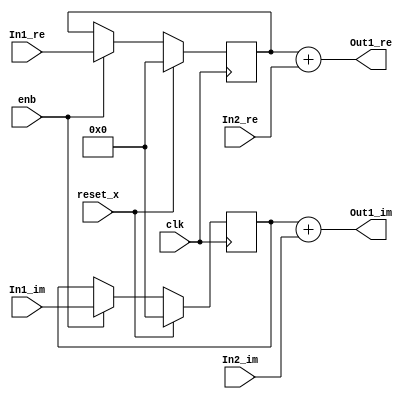
// -------------------------------------------------------------
// 
// 
// Generated by MATLAB 9.8 and HDL Coder 3.16
// 
// -------------------------------------------------------------


// -------------------------------------------------------------
// 
// Module: Complex_Sum2_block21
// Source Path: newhope_cambios/FDHT/DFT_2/DFT10 - block_2/DFT5-row 2/DFT5-3/Complex-Sum2
// Hierarchy Level: 5
// 
// -------------------------------------------------------------

`timescale 1 ns / 1 ns

module Complex_Sum2_block21
          (clk,
           reset_x,
           enb,
           In1_re,
           In1_im,
           In2_re,
           In2_im,
           Out1_re,
           Out1_im);


  input   clk;
  input   reset_x;
  input   enb;
  input   signed [36:0] In1_re;  // sfix37_En22
  input   signed [36:0] In1_im;  // sfix37_En22
  input   signed [36:0] In2_re;  // sfix37_En22
  input   signed [36:0] In2_im;  // sfix37_En22
  output  signed [36:0] Out1_re;  // sfix37_En22
  output  signed [36:0] Out1_im;  // sfix37_En22


  reg signed [36:0] Complex_to_Real_Imag1_out1;  // sfix37_En22
  wire signed [36:0] Sum_out1;  // sfix37_En22
  reg signed [36:0] Complex_to_Real_Imag1_out2;  // sfix37_En22
  wire signed [36:0] Sum1_out1;  // sfix37_En22


  always @(posedge clk)
    begin : delayMatch_process
      if (reset_x == 1'b1) begin
        Complex_to_Real_Imag1_out1 <= 37'sh0000000000;
      end
      else begin
        if (enb) begin
          Complex_to_Real_Imag1_out1 <= In1_re;
        end
      end
    end



  assign Sum_out1 = Complex_to_Real_Imag1_out1 + In2_re;



  assign Out1_re = Sum_out1;

  always @(posedge clk)
    begin : delayMatch1_process
      if (reset_x == 1'b1) begin
        Complex_to_Real_Imag1_out2 <= 37'sh0000000000;
      end
      else begin
        if (enb) begin
          Complex_to_Real_Imag1_out2 <= In1_im;
        end
      end
    end



  assign Sum1_out1 = Complex_to_Real_Imag1_out2 + In2_im;



  assign Out1_im = Sum1_out1;

endmodule  // Complex_Sum2_block21